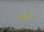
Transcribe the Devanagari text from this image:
टबरि